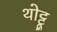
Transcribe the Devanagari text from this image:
थोट्टू